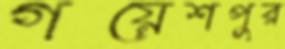
গয়েশপুর